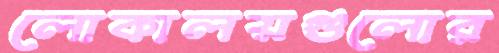
লোকালয়গুলোর